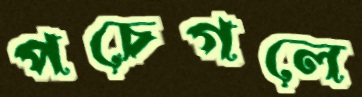
পচেগলে